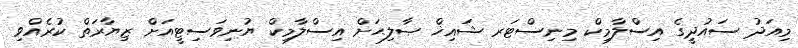
މިއަދު ސައުދީިގެ އިސްލާމިކް މިނިސްޓަރ ޝައިޚް ޞާލިޙަށް އިސްލާމިކް ޔުނިވަސިޓީއަށް ޒިޔާރަތް ކުރެއްވި